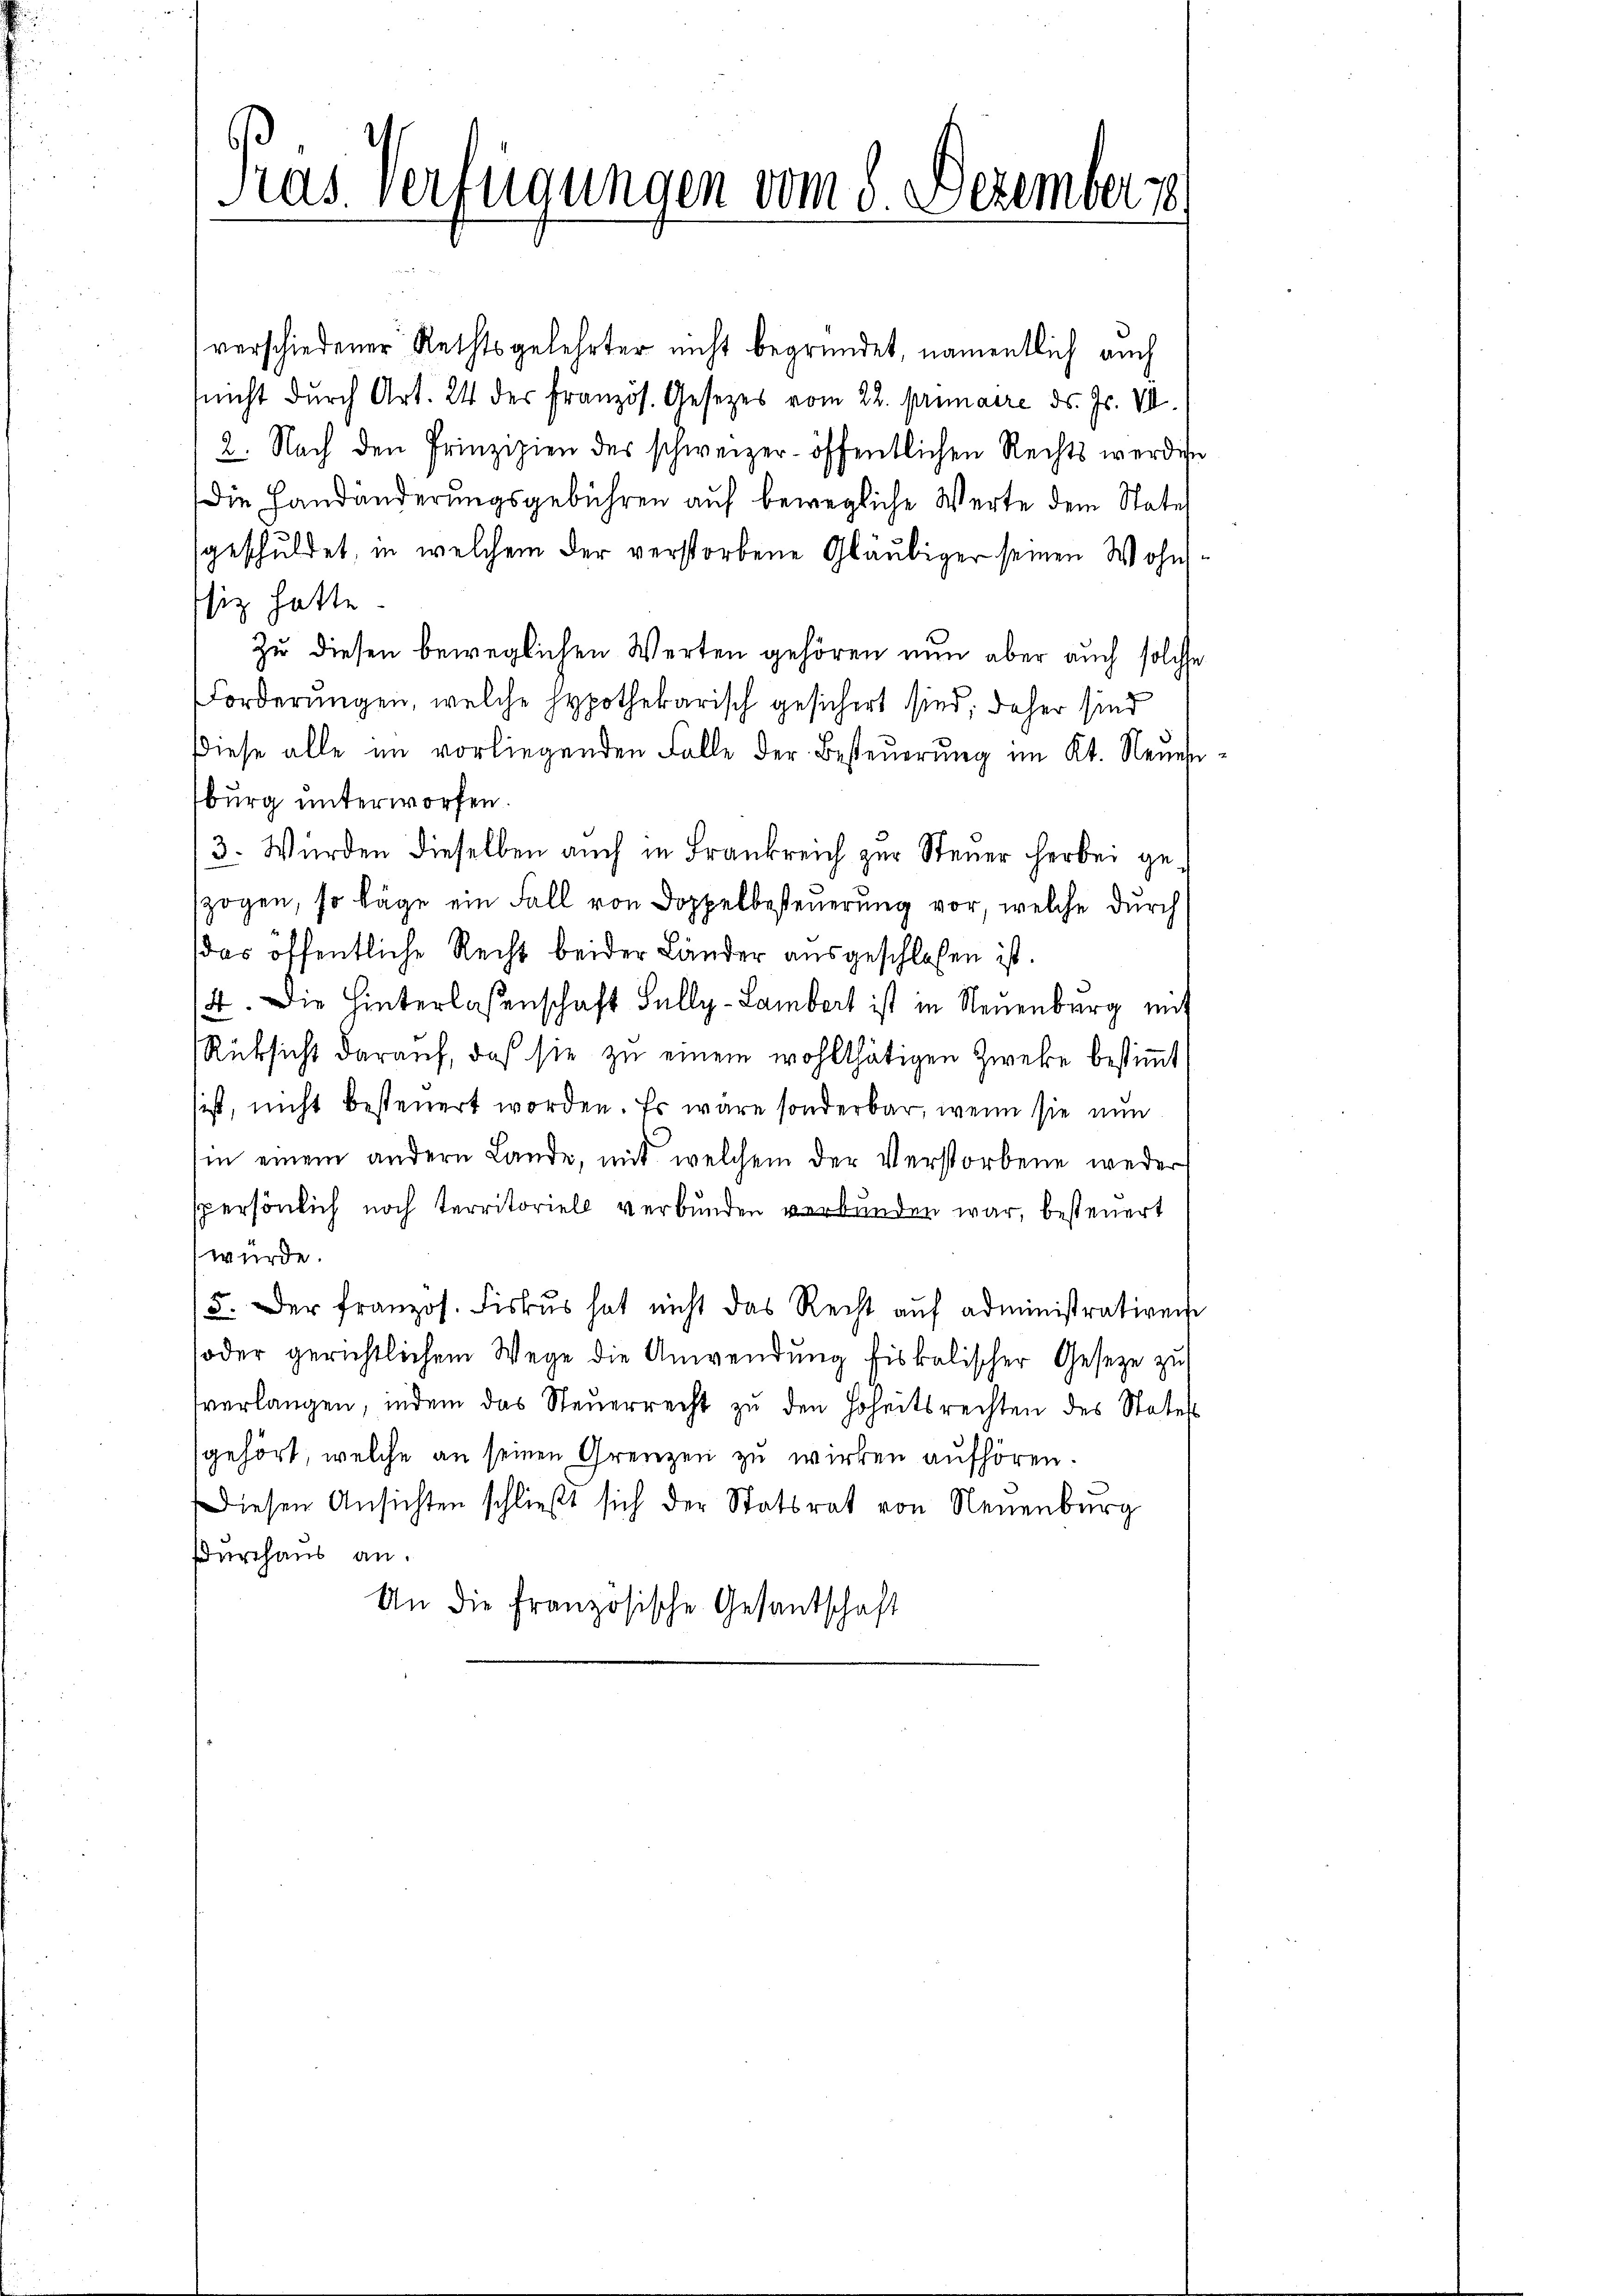
Pras Verfügungen vom 8. Dezemberg
r

verschiedener Rechtsgelehrter nicht begründet, namentlich auch
nicht durch Art. 24 der französ. Gesetzes vom 22. prinaire d. Js. VI.
2. Nach den Prinzipien des schweizer- öffentlichen Rechts werden
Die Handänderungsgebühren auf bewegliche Werte dem State
geschuldet, in welchem der verstorbene Gläubiger seinen Wohnsiz hatte
Zu diesen beweglichen Werten gehören nun aber auch solche
Forderungen, welche Hypothekarisch gesichert sind; daher sind
Diese alle im vorliegenden Falle der Besteuerung im Kt. Neuerburg unterworfen.
3. Würden dieselben auch in Frankreich zur Steuer herbei geszogen, so läge ein Fall von Doppelbesteuerung vor, welche durch
das öffentliche Recht beider Länder ausgeschlossen ist.
4. Die Hinterlaßenschaft Fully-Lambert ist in Neuenburg mit
Rüksicht darauf, daß sie zu einem wohlthätigen Zweke bestimmt
sist, nicht besteuert worden. Es wäre sonderbar, wenn sie nun
in einem andern Lande, mit welchem der Verstorbene weder
spersönlich noch territoriell verbunden verbunden war, besteuert
würde.
/5. Der franzos. Fiskus hat nicht das Recht aŭf administrativen
oder gerichtlichem Wege die Anwendung fiskalischer Gesetze zu
verlangen, indem das Steuerrecht zu den Hoheitsrechten des Statu
gehört, welche an seinen Grenzen zu wirken aufhören.
Diesen Ansichten schließt sich der Statsrat von Neuenburg
Durchaus an.
An die französische Gesandschaft